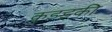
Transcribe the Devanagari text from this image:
कुडड्की